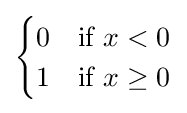
{\begin{cases}0&{\text{if }}x<0\\1&{\text{if }}x\geq 0\end{cases}}